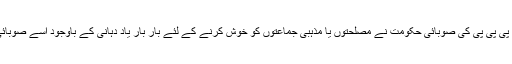
یہ الگ بات تھی کہ سندھ حکومت یعنی پی پی پی کی صوبائی حکومت نے مصلحتوں یا مذہبی جماعتوں کو خوش کرنے کے لئے بار بار یاد دہانی کے باوجود اسے صوبائی اسمبلی میں بحث کے لئے نہیں بھیجا۔